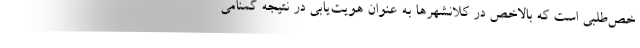
خص‌طلبی است که بالاخص در کلانشهرها به عنوان هویت‌یابی در نتیجه گمنامی